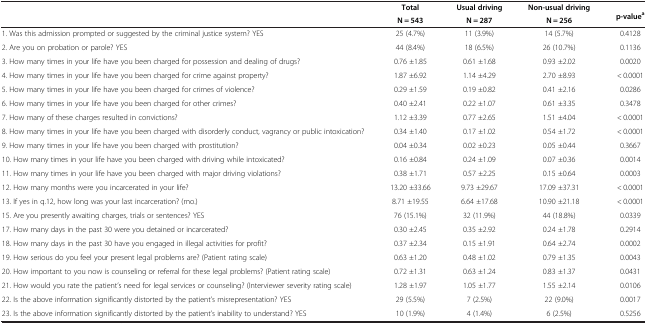
<table><thead><tr><td>[EMPTY_CELL]</td><td><b>Total</b></td><td><b>Usual driving</b></td><td><b>Non-usual driving</b></td><td><b>p-value<sup>a</sup></b></td></tr><tr><td>[EMPTY_CELL]</td><td><b>N = 543</b></td><td><b>N = 287</b></td><td><b>N = 256</b></td><td>[EMPTY_CELL]</td></tr></thead><tbody><tr><td>1. Was this admission prompted or suggested by the criminal justice system? YES</td><td>25 (4.7%)</td><td>11 (3.9%)</td><td>14 (5.7%)</td><td>0.4128</td></tr><tr><td>2. Are you on probation or parole? YES</td><td>44 (8.4%)</td><td>18 (6.5%)</td><td>26 (10.7%)</td><td>0.1136</td></tr><tr><td>3. How many times in your life have you been charged for possession and dealing of drugs?</td><td>0.76 ±1.85</td><td>0.61 ±1.68</td><td>0.93 ±2.02</td><td>0.0020</td></tr><tr><td>4. How many times in your life have you been charged for crime against property?</td><td>1.87 ±6.92</td><td>1.14 ±4.29</td><td>2.70 ±8.93</td><td>&lt; 0.0001</td></tr><tr><td>5. How many times in your life have you been charged for crimes of violence?</td><td>0.29 ±1.59</td><td>0.19 ±0.82</td><td>0.41 ±2.16</td><td>0.0286</td></tr><tr><td>6. How many times in your life have you been charged for other crimes?</td><td>0.40 ±2.41</td><td>0.22 ±1.07</td><td>0.61 ±3.35</td><td>0.3478</td></tr><tr><td>7. How many of these charges resulted in convictions?</td><td>1.12 ±3.39</td><td>0.77 ±2.65</td><td>1.51 ±4.04</td><td>&lt; 0.0001</td></tr><tr><td>8. How many times in your life have you been charged with disorderly conduct, vagrancy or public intoxication?</td><td>0.34 ±1.40</td><td>0.17 ±1.02</td><td>0.54 ±1.72</td><td>&lt; 0.0001</td></tr><tr><td>9. How many times in your life have you been charged with prostitution?</td><td>0.04 ±0.34</td><td>0.02 ±0.23</td><td>0.05 ±0.44</td><td>0.3667</td></tr><tr><td>10. How many times in your life have you been charged with driving while intoxicated?</td><td>0.16 ±0.84</td><td>0.24 ±1.09</td><td>0.07 ±0.36</td><td>0.0014</td></tr><tr><td>11. How many times in your life have you been charged with major driving violations?</td><td>0.38 ±1.71</td><td>0.57 ±2.25</td><td>0.15 ±0.64</td><td>0.0003</td></tr><tr><td>12. How many months were you incarcerated in your life?</td><td>13.20 ±33.66</td><td>9.73 ±29.67</td><td>17.09 ±37.31</td><td>&lt; 0.0001</td></tr><tr><td>13. If yes in q.12, how long was your last incarceration? (mo.)</td><td>8.71 ±19.55</td><td>6.64 ±17.68</td><td>10.90 ±21.18</td><td>&lt; 0.0001</td></tr><tr><td>15. Are you presently awaiting charges, trials or sentences? YES</td><td>76 (15.1%)</td><td>32 (11.9%)</td><td>44 (18.8%)</td><td>0.0339</td></tr><tr><td>17. How many days in the past 30 were you detained or incarcerated?</td><td>0.30 ±2.45</td><td>0.35 ±2.92</td><td>0.24 ±1.78</td><td>0.2914</td></tr><tr><td>18. How many days in the past 30 have you engaged in illegal activities for profit?</td><td>0.37 ±2.34</td><td>0.15 ±1.91</td><td>0.64 ±2.74</td><td>0.0002</td></tr><tr><td>19. How serious do you feel your present legal problems are? (Patient rating scale)</td><td>0.63 ±1.20</td><td>0.48 ±1.02</td><td>0.79 ±1.35</td><td>0.0043</td></tr><tr><td>20. How important to you now is counseling or referral for these legal problems? (Patient rating scale)</td><td>0.72 ±1.31</td><td>0.63 ±1.24</td><td>0.83 ±1.37</td><td>0.0431</td></tr><tr><td>21. How would you rate the patient’s need for legal services or counseling? (Interviewer severity rating scale)</td><td>1.28 ±1.97</td><td>1.05 ±1.77</td><td>1.55 ±2.14</td><td>0.0106</td></tr><tr><td>22. Is the above information significantly distorted by the patient’s misrepresentation? YES</td><td>29 (5.5%)</td><td>7 (2.5%)</td><td>22 (9.0%)</td><td>0.0017</td></tr><tr><td>23. Is the above information significantly distorted by the patient’s inability to understand? YES</td><td>10 (1.9%)</td><td>4 (1.4%)</td><td>6 (2.5%)</td><td>0.5256</td></tr></tbody></table>